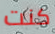
كنت